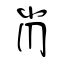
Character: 肖